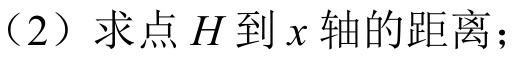
（2）求点 \(H\) 到 \(x\) 轴的距离；